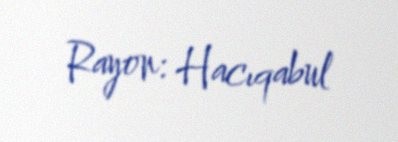
Rayon: Hacıqabul